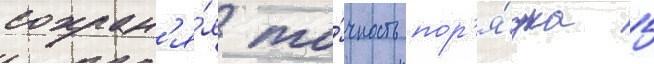
сохран'я́я то́чность пор'я́дка 5